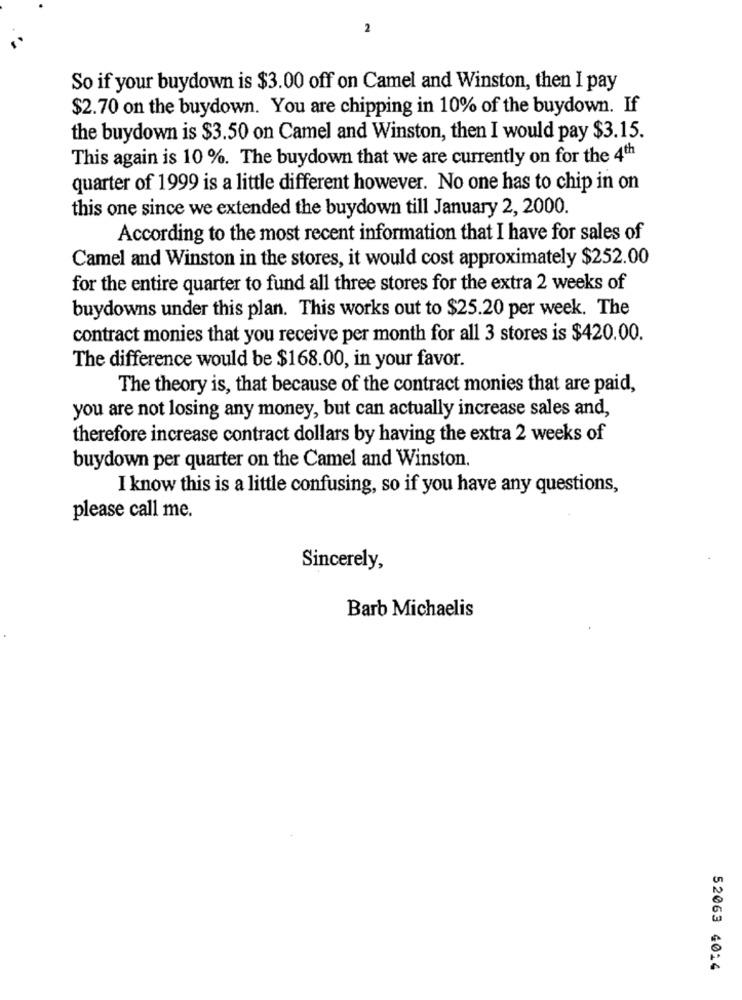
2
So if your buydown is $3.00 off on Camel and Winston, then I pay
$2.70 on the buydown. You are chipping in 10% of the buydown. If
the buydown is $3.50 on Camel and Winston, then I would pay $3.15.
This again is 10 %. The buydown that we are currently on for the 4th
quarter of 1999 is a little different however. No one has to chip in on
this one since we extended the buydown till January 2, 2000.
According to the most recent information that I have for sales of
Camel and Winston in the stores, it would cost approximately $252.00
for the entire quarter to fund all three stores for the extra 2 weeks of
buydowns under this plan. This works out to $25.20 per week. The
contract monies that you receive per month for all 3 stores is $420.00.
The difference would be $168.00, in your favor.
The theory is, that because of the contract monies that are paid,
you are not losing any money, but can actually increase sales and,
therefore increase contract dollars by having the extra 2 weeks of
buydown per quarter on the Camel and Winston.
I know this is a little confusing, so if you have any questions,
please call me.
Sincerely,
Barb Michaelis
52063 4014